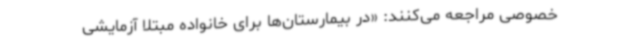
خصوصی مراجعه می‌کنند: «در بیمارستان‌ها برای خانواده مبتلا آزمایشی